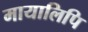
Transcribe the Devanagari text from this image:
मायालिपि